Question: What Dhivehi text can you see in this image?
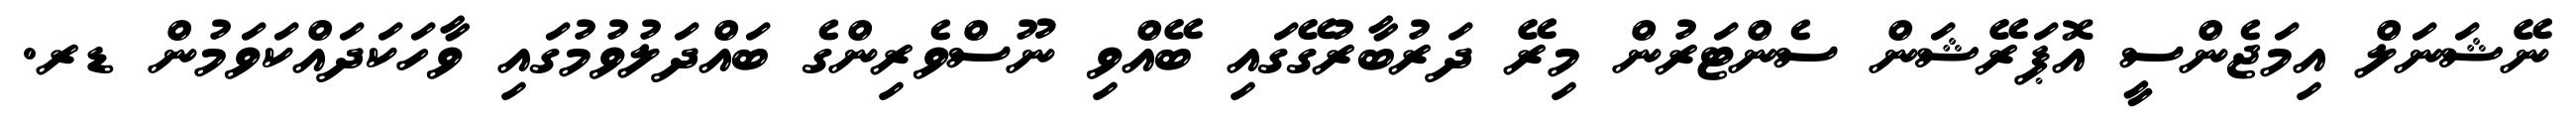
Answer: ނޭޝަނަލް އިމަޖެންސީ އޮޕަރޭޝަން ސެންޓަރުން މިރޭ ދަރުބާރުގޭގައި ބޭއްވި ނޫސްވެރިންގެ ބައްދަލުވުމުގައި ވާހަކަދައްކަވަމުން ޑރ.